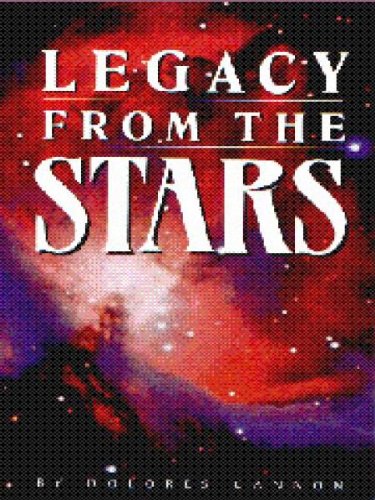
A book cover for Legacy from the Stars; Dolores Cannon; Science & Math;